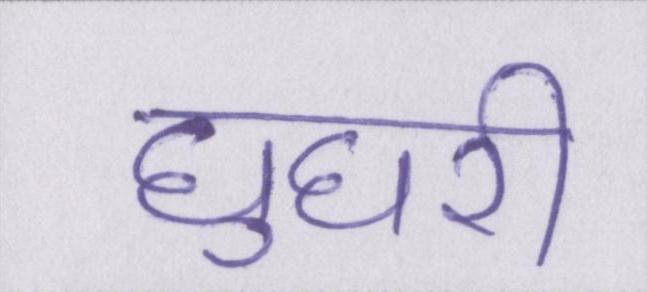
घुघरी